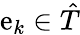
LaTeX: \mathrm{e}_{k}\in{\hat{{T}}}